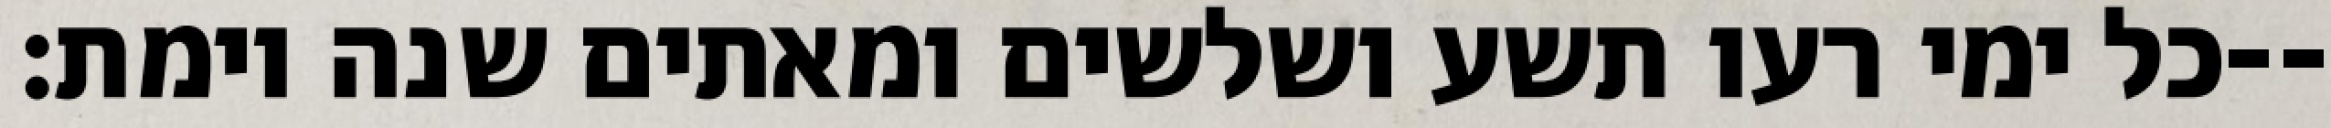
כל ימי רעו תשע ושלשים ומאתים שנה וימת׃--